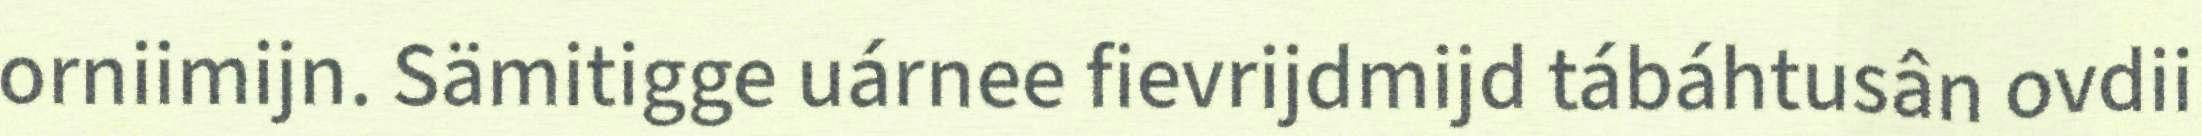
orniimijn. Sämitigge uárnee fievrijdmijd tábáhtusân ovdii